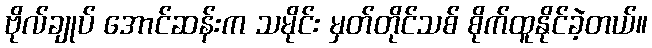
ဗိုလ်ချုပ် အောင်ဆန်းက သမိုင်း မှတ်တိုင်သစ် စိုက်ထူနိုင်ခဲ့တယ်။